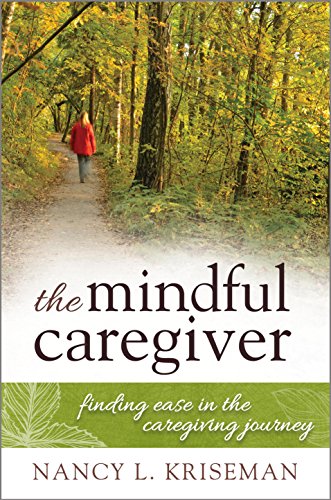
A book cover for The Mindful Caregiver: Finding Ease in the Caregiving Journey; Nancy L. Kriseman; Medical Books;